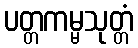
ပတ္တကမ္မသုတ္တံ